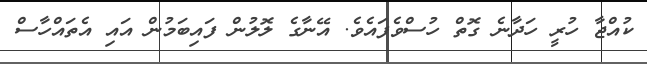
ކުއްޖާ ހުރީ ހަދާނެ ގޮތް ހުސްވެފައެވެ. އޭނާގެ ލޮލުން ފައިބަމުން އައި އެތައްހާސް